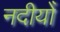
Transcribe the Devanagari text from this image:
नदीयोँ